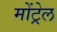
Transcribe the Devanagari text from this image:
मोंट्रेल